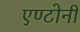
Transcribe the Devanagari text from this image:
एण्टोनी